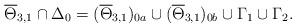
LaTeX: \begin{align*}\overline{\Theta}_{3,1}\cap\Delta_0 = (\overline{\Theta}_{3,1})_{0a} \cup (\overline{\Theta}_{3,1})_{0b} \cup \Gamma_1 \cup \Gamma_2.\end{align*}